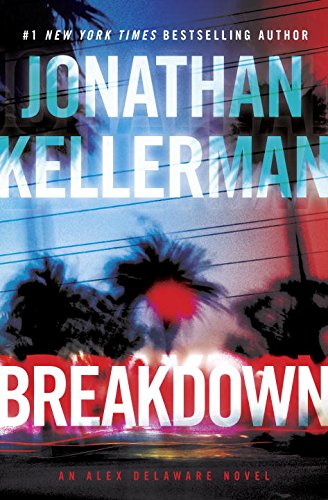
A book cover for Breakdown: An Alex Delaware Novel; Jonathan Kellerman; Mystery, Thriller & Suspense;